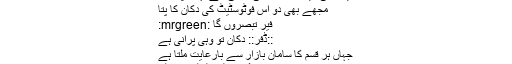
یارا جی میں بلاگروں کی بزدلی سے بہت تپتا ہوں
مجھے بھی دو اس فوٹوسٹیٹ کی دکان کا پتا
فیر تبصروں گا :mrgreen:
::ڈفر:: دکان تو وہی پرانی ہے
جہاں ہر قسم کا سامان بازار سے بارعایت ملتا ہے
کے پیسے لگایا فوٹو سٹیٹ کا ریٹ؟